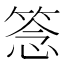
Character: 𥮘